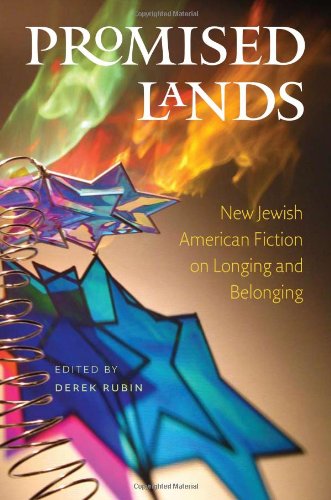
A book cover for Promised Lands: New Jewish American Fiction on Longing and Belonging (Brandeis Series in American Jewish History, Culture, and Life & HBI Series on Jewish Women); Religion & Spirituality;